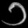
Digit: ၁